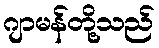
ဂျာမန်တို့သည်